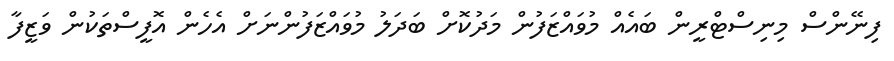
ފިނޭންސް މިނިސްޓްރީން ބައެއް މުވައްޒަފުން މަދުކޮށް ބަދަލު މުވައްޒަފުންނަށް އެހެން އޮފީސްތަކުން ވަޒީފާ